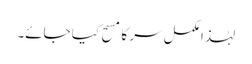
لہٰذا مکمل سر کا مسح کیا جائے۔